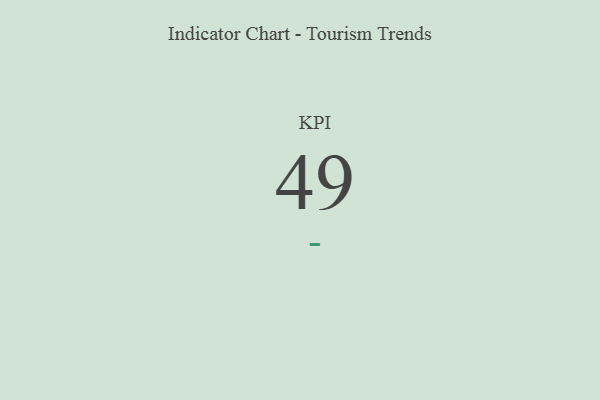
{"axis": {"x": "KPI", "y": "Value"}, "legend": [""], "data": [{"x": "KPI", "y": 49, "type": ""}]}